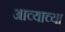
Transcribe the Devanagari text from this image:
आच्याच्या